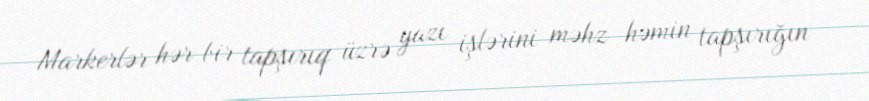
Markerlər hər bir tapşırıq üzrə yazı işlərini məhz həmin tapşırığın